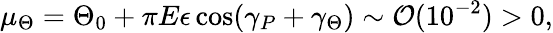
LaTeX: \mu_{\Theta}=\Theta_{0}+\pi E\epsilon\cos(\gamma_{P}+\gamma_{\Theta})\sim\mathcal{O}(10^{-2})>0,